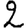
Digit: 2